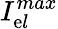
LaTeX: {{I}_{\mathrm{e}l}^{max}}